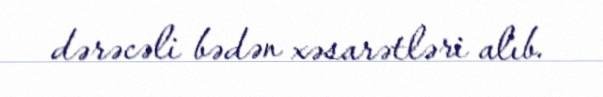
dərəcəli bədən xəsarətləri alıb.